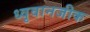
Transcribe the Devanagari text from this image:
ध्वृवानजीक